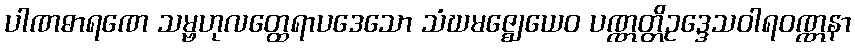
ပါဏဓာရဏေ သမ္ဗဟုလတ္ထေရာပဒေသော သံဃမဇ္ဈေယေဝ ပဏ္ဏတ္တိဥဒ္ဒေသဝါရဝဏ္ဏနာ